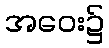
အဝေး၌